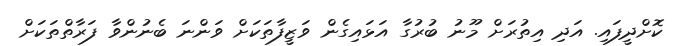
ކޮށްދީފައި. އަދި އިތުރަށް މޫނު ބުރުގާ އަޅައިގެން ވަޒީފާތަކަށް ވަންނަ ބެނުންވާ ފަރާތްތަކަށް